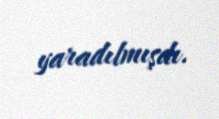
yaradılmışdı.